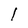
Character: l